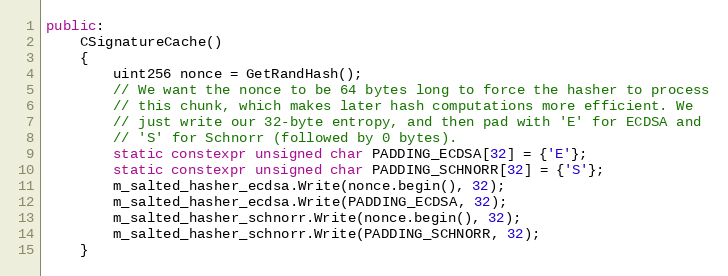
Language: C++
public:
    CSignatureCache()
    {
        uint256 nonce = GetRandHash();
        // We want the nonce to be 64 bytes long to force the hasher to process
        // this chunk, which makes later hash computations more efficient. We
        // just write our 32-byte entropy, and then pad with 'E' for ECDSA and
        // 'S' for Schnorr (followed by 0 bytes).
        static constexpr unsigned char PADDING_ECDSA[32] = {'E'};
        static constexpr unsigned char PADDING_SCHNORR[32] = {'S'};
        m_salted_hasher_ecdsa.Write(nonce.begin(), 32);
        m_salted_hasher_ecdsa.Write(PADDING_ECDSA, 32);
        m_salted_hasher_schnorr.Write(nonce.begin(), 32);
        m_salted_hasher_schnorr.Write(PADDING_SCHNORR, 32);
    }